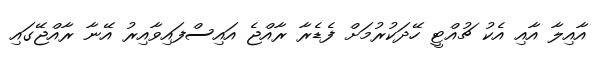
އާއިލާ އާއި އެކު ޗުއްޓީ ހޭދަކުރުމަށް ފެޑެރާ ރާއްޖެ އައިސްފައިވާއިރު އޭނާ ރާއްޖޭގައި